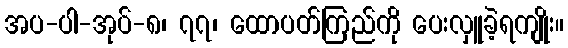
အပ-ပါ-အုပ်-၈၊ ၇၇၊ ထောပတ်ကြည်ကို ပေးလှူခဲ့ရကျိုး။